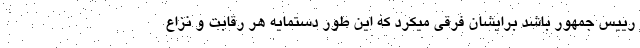
رییس جمهور باشد برایشان فرقی میکرد که این طور دستمایه هر رقابت و نزاع